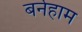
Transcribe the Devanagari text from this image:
बर्नहाम